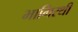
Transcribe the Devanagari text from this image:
भागिरथी